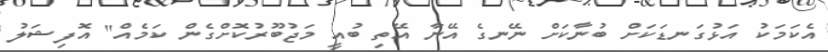
އެކަމަކު އަޅުގަނޑަކަށް ބުނާކަށް ނޭނގެ އޭނާ އޭތި ބުއީ މަޖުބޫރުކޮށްގެން ކަމެއް" އޮފިޝަލު